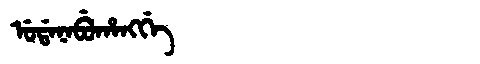
Manchu: ᡠᡩᠠᠨᠠᠪᡠᡥᠠᠩᡤᡝ
Romanization: UDANABUHANGGE